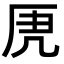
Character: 𭆄